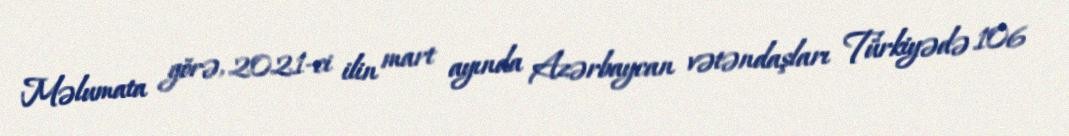
Məlumata görə, 2021-ci ilin mart ayında Azərbaycan vətəndaşları Türkiyədə 106